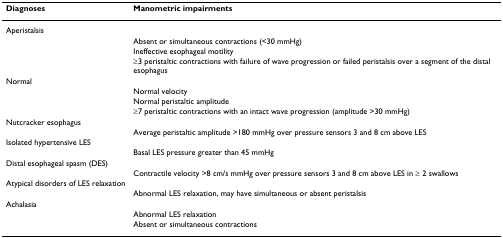
<table><thead><tr><td><b>Diagnoses</b></td><td><b>Manometric impairments</b></td></tr></thead><tbody><tr><td>Aperistalsis</td><td></td></tr><tr><td></td><td>Absent or simultaneous contractions (&lt;30 mmHg)</td></tr><tr><td></td><td>Ineffective esophageal motility</td></tr><tr><td></td><td>≥3 peristaltic contractions with failure of wave progression or failed peristalsis over a segment of the distal esophagus</td></tr><tr><td>Normal</td><td></td></tr><tr><td></td><td>Normal velocity</td></tr><tr><td></td><td>Normal peristaltic amplitude</td></tr><tr><td></td><td>≥7 peristaltic contractions with an intact wave progression (amplitude &gt;30 mmHg)</td></tr><tr><td>Nutcracker esophagus</td><td></td></tr><tr><td></td><td>Average peristaltic amplitude &gt;180 mmHg over pressure sensors 3 and 8 cm above LES</td></tr><tr><td>Isolated hypertensive LES</td><td></td></tr><tr><td></td><td>Basal LES pressure greater than 45 mmHg</td></tr><tr><td>Distal esophageal spasm (DES)</td><td></td></tr><tr><td></td><td>Contractile velocity &gt;8 cm/s mmHg over pressure sensors 3 and 8 cm above LES in ≥ 2 swallows</td></tr><tr><td>Atypical disorders of LES relaxation</td><td></td></tr><tr><td></td><td>Abnormal LES relaxation, may have simultaneous or absent peristalsis</td></tr><tr><td>Achalasia</td><td></td></tr><tr><td></td><td>Abnormal LES relaxation</td></tr><tr><td></td><td>Absent or simultaneous contractions</td></tr></tbody></table>